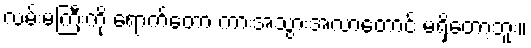
လမ်းမကြီးကို ရောက်တော့ ကားအသွားအလာတောင် မရှိတော့ဘူး။